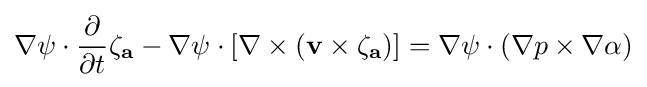
\nabla \psi \cdot {\frac {\partial }{\partial t}}\mathbf {\zeta _{a}} -\nabla \psi \cdot [\nabla \times (\mathbf {v} \times \mathbf {\zeta _{a}} )]=\nabla \psi \cdot (\nabla p\times \nabla \alpha )